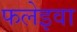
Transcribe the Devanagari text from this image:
फलेइवा